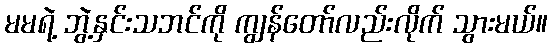
မမရဲ့ ဘွဲ့နှင်းသဘင်ကို ကျွန်တော်လည်းလိုက် သွားမယ်။